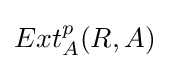
Ext_{A}^{p}(R,A)